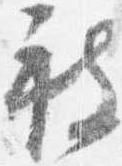
被